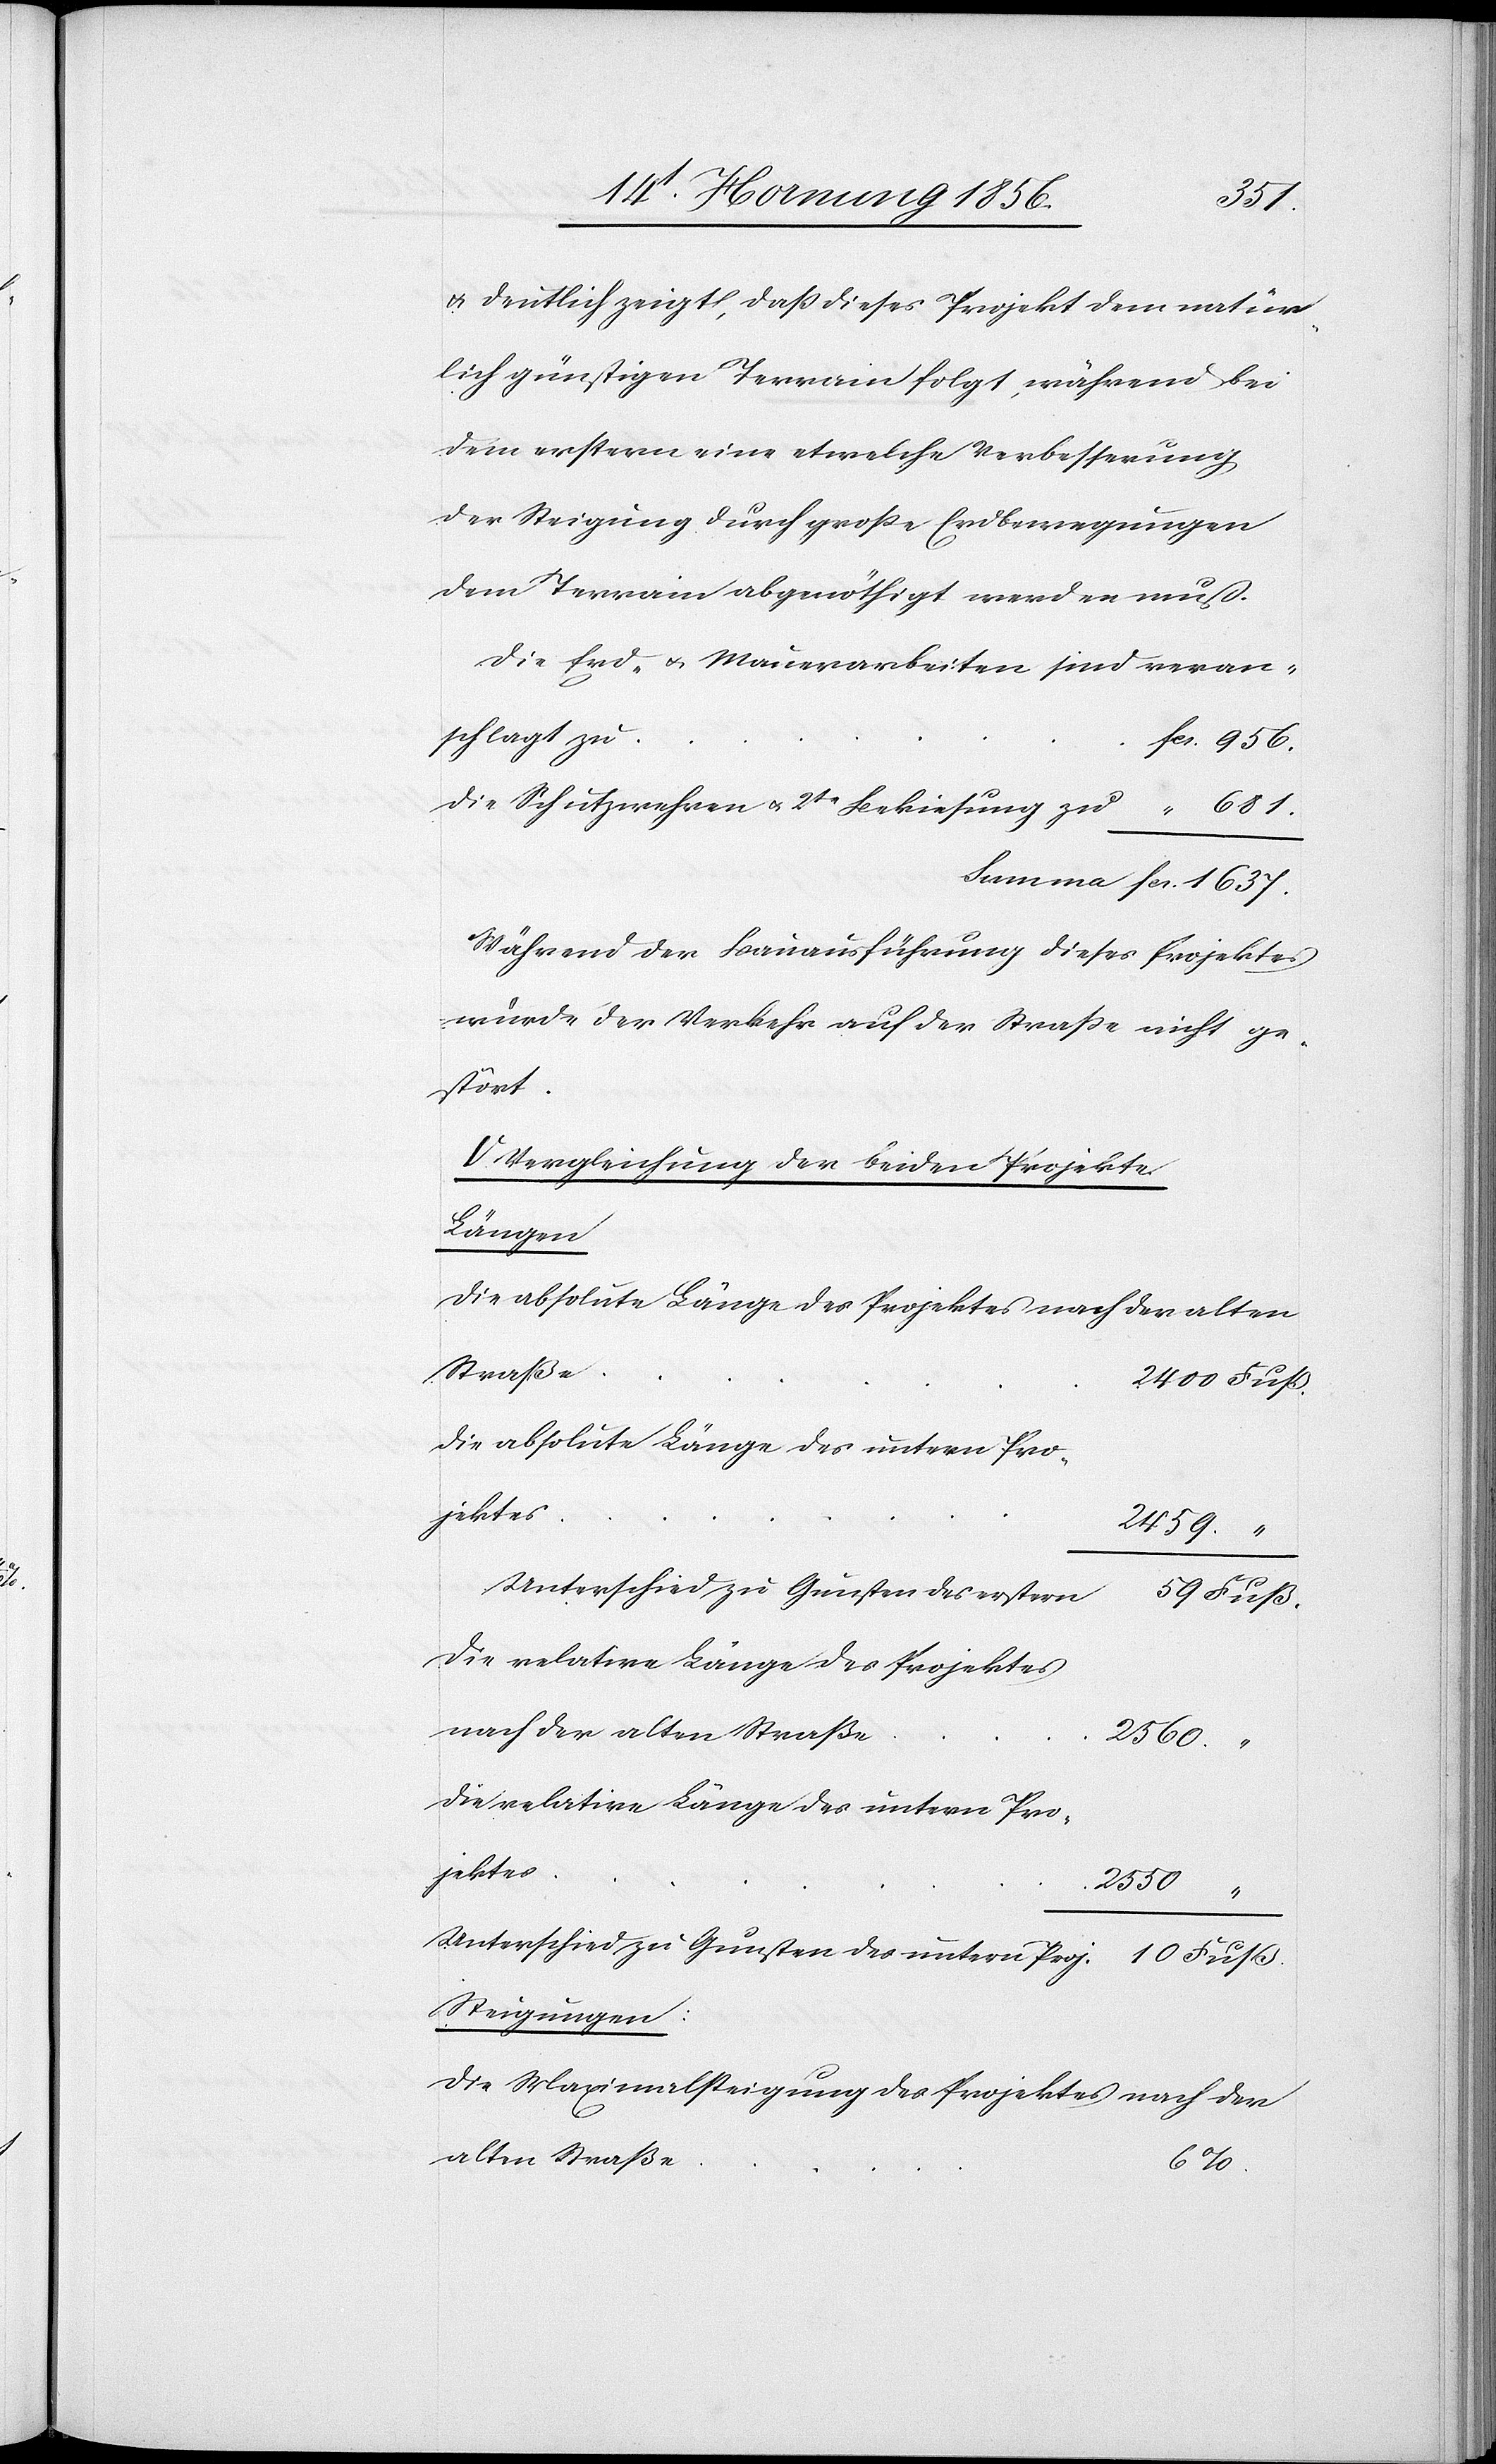
2400
u. deutlich zeigt, daß dieses Projekt dem natür¬
lich günstigen Terrain folgt, während bei
dem erstern eine etwelche Verbesserung
der Steigung durch große Erdbewegungen
dem Terrain abgenöthigt werden muß.
Die Erd- u. Mauerarbeiten sind veran¬
Die Schutzwehren u. 2te Bekiesung zu
Während der Bauausführung dieses Projektes
würde der Verkehr auf der Straße nicht ge¬
stört.
V. Vergleichung der beiden Projekte.
Längen.
Die absolute Länge des Projektes nach der alten
Straße
Die absolute Länge des untern Pro¬
jektes
2459.
Unterschied zu Gunsten des untern
Die relative Länge des Projektes
nach der alten Straße
2560.
Die relative Länge des untern Pro¬
jektes
2550
Steigungen:
Die Maximalsteigung des Projektes nach der
alten Straße